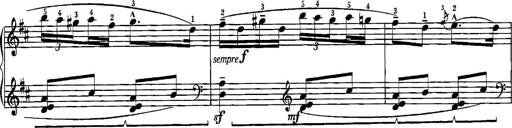
Title: Sonatina for Piano
Composer: BÃ©la BartÃ³k